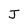
Character: J